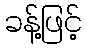
ခန့်ဖြင့်